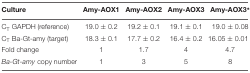
<table><thead><tr><td><b>Culture</b></td><td><b>Amy-AOX1</b></td><td><b>Amy-AOX2</b></td><td><b>Amy-AOX3</b></td><td><b>Amy-AOX3<sup>∗</sup></b></td></tr></thead><tbody><tr><td>C<sub>T</sub> GAPDH (reference)</td><td>19.0 ± 0.2</td><td>19.2 ± 0.1</td><td>19.1 ± 0.1</td><td>19.0 ± 0.08</td></tr><tr><td>C<sub>T</sub> Ba-Gt-amy (target)</td><td>18.3 ± 0.1</td><td>17.7 ± 0.2</td><td>16.4 ± 0.2</td><td>16.05 ± 0.01</td></tr><tr><td>Fold change</td><td>1</td><td>1.7</td><td>4</td><td>4.7</td></tr><tr><td><i>Ba-Gt-amy</i> copy number</td><td>1</td><td>3</td><td>5</td><td>8</td></tr></tbody></table>